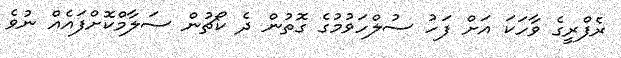
ރެފްރީގެ ވާހަކަ އަށް ފަހު ސުލްހަވުމުގެ ގޮތުން ދެ ކޯޗުން ސަލާމްކޮށްފައެއް ނުވެ